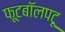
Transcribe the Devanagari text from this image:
फूटबॉलपटू